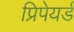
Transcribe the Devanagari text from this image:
प्रिपेयर्ड